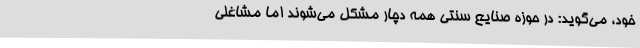
خود، می‌گوید: در حوزه صنایع‌ سنتی همه دچار مشکل می‌شوند اما مشاغلی